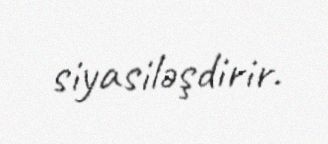
siyasiləşdirir.